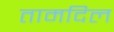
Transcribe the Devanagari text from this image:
तामदिल